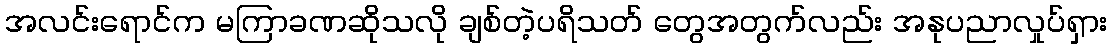
အလင်းရောင်က မကြာခဏဆိုသလို ချစ်တဲ့ပရိသတ် တွေအတွက်လည်း အနုပညာလှုပ်ရှား